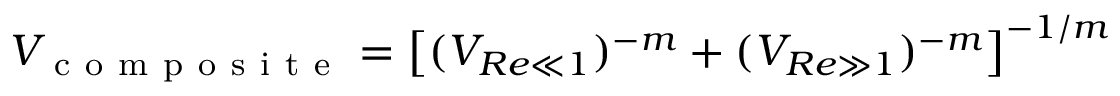
V _ { \mathrm { ~ c ~ o ~ m ~ p ~ o ~ s ~ i ~ t ~ e ~ } } = \left[ ( V _ { R e \ll 1 } ) ^ { - m } + ( V _ { R e \gg 1 } ) ^ { - m } \right] ^ { - 1 / m }